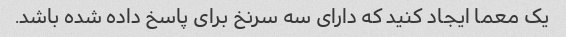
یک معما ایجاد کنید که دارای سه سرنخ برای پاسخ داده شده باشد.